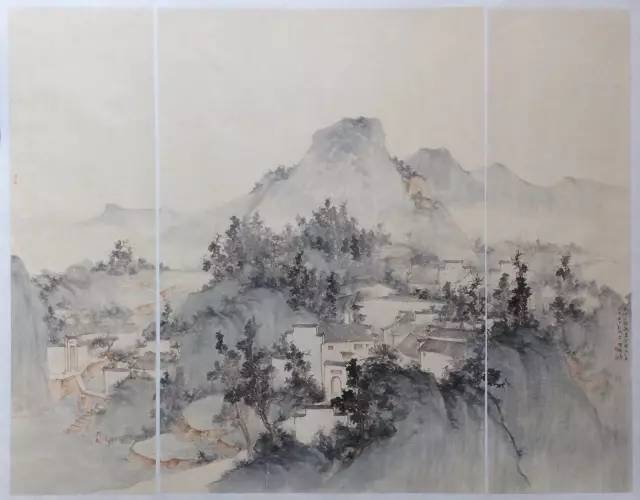
水村山馆，夜阑无寐，听尽空阶雨。